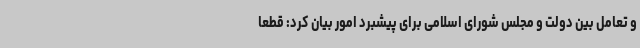
و تعامل بین دولت و مجلس شورای اسلامی برای پیشبرد امور بیان کرد: قطعا